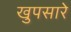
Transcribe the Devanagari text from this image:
खुपसारे